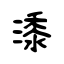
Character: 潻